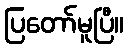
ပြတော်မူပြီ။